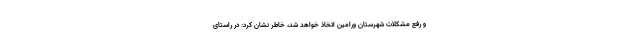
و رفع مشکلات شهرستان ورامین اتخاذ خواهد شد، خاطر نشان کرد: در راستای